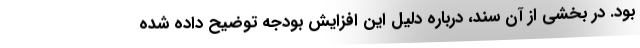
بود. در بخشی از آن سند، درباره دلیل این افزایش بودجه توضیح داده شده